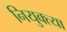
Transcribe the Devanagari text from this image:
नियुक्त्या